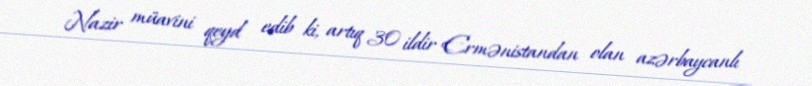
Nazir müavini qeyd edib ki, artıq 30 ildir Ermənistandan olan azərbaycanlı